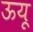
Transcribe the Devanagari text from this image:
ऊयू